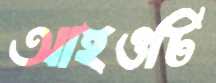
আইওটি